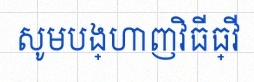
សូមបង្ហាញវិធីធ្វើ